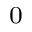
_ 0